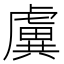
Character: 𧇽